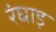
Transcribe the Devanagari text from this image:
रंघाड़